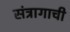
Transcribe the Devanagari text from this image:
संत्रागाची